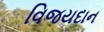
વિજયદાન